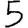
Digit: 5